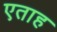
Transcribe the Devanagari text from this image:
एताह